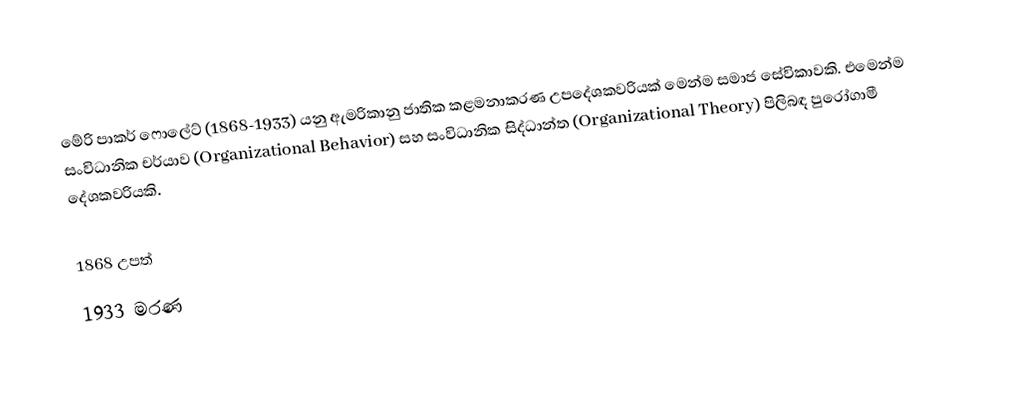
මේරි පාකර් ෆොලේට් (1868-1933) යනු ඇමරිකානු ජාතික කළමනාකරණ උපදේශකවරියක් මෙන්ම සමාජ සේවිකාවකි.  එමෙන්ම සංවිධානික චර්යාව (Organizational Behavior) සහ  සංවිධානික සිද්ධාන්ත (Organizational Theory) පිලිබඳ පුරෝගාමී දේශකවරියකි.

1868 උපත්
1933 මරණ